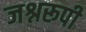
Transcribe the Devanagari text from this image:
जश्नरूपी